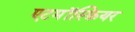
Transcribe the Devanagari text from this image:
एटमॉस्फ़ियर